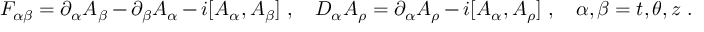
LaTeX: F _ { \alpha \beta } = \partial _ { \alpha } A _ { \beta } - \partial _ { \beta } A _ { \alpha } - i [ A _ { \alpha } , A _ { \beta } ] ~ , ~ ~ ~ D _ { \alpha } A _ { \rho } = \partial _ { \alpha } A _ { \rho } - i [ A _ { \alpha } , A _ { \rho } ] ~ , ~ ~ ~ \alpha , \beta = t , \theta , z \; .